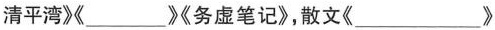
清平湾》《___》《务虚笔记》，散文《___》